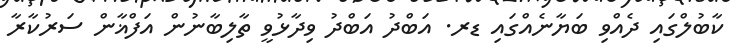
ކާބުލްގައި ދެއްވި ބަޔާނެއްގައި ޑރ. އަބްދު އަބްދު ވިދާޅުވީ ތާލިބާނުން އަފްޣާން ސަރުކާރާ